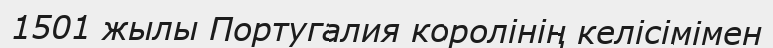
1501 жылы Португалия королінің келісімімен